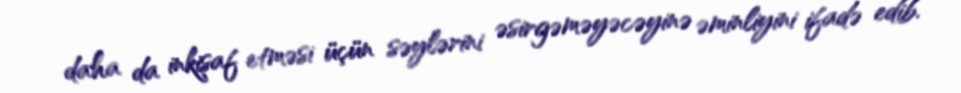
daha da inkişaf etməsi üçün səylərini əsirgəməyəcəyinə əminliyini ifadə edib.